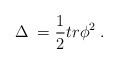
\begin{align*}\Delta \;=\frac 12tr\phi ^2\;. \end{align*}